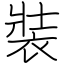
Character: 裝